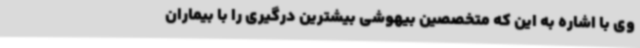
وی با اشاره به این که متخصصین بیهوشی بیشترین درگیری را با بیماران